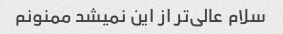
سلام عالی‌تر از این نمیشد ممنونم